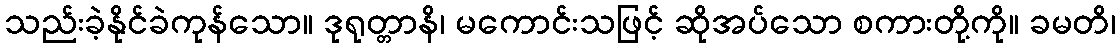
သည်းခဲ့နိုင်ခဲကုန်သော။ ဒုရုတ္တာနိ၊ မကောင်းသဖြင့် ဆိုအပ်သော စကားတို့ကို။ ခမတိ၊